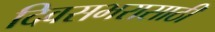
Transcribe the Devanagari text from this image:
दिवसभरासाठी